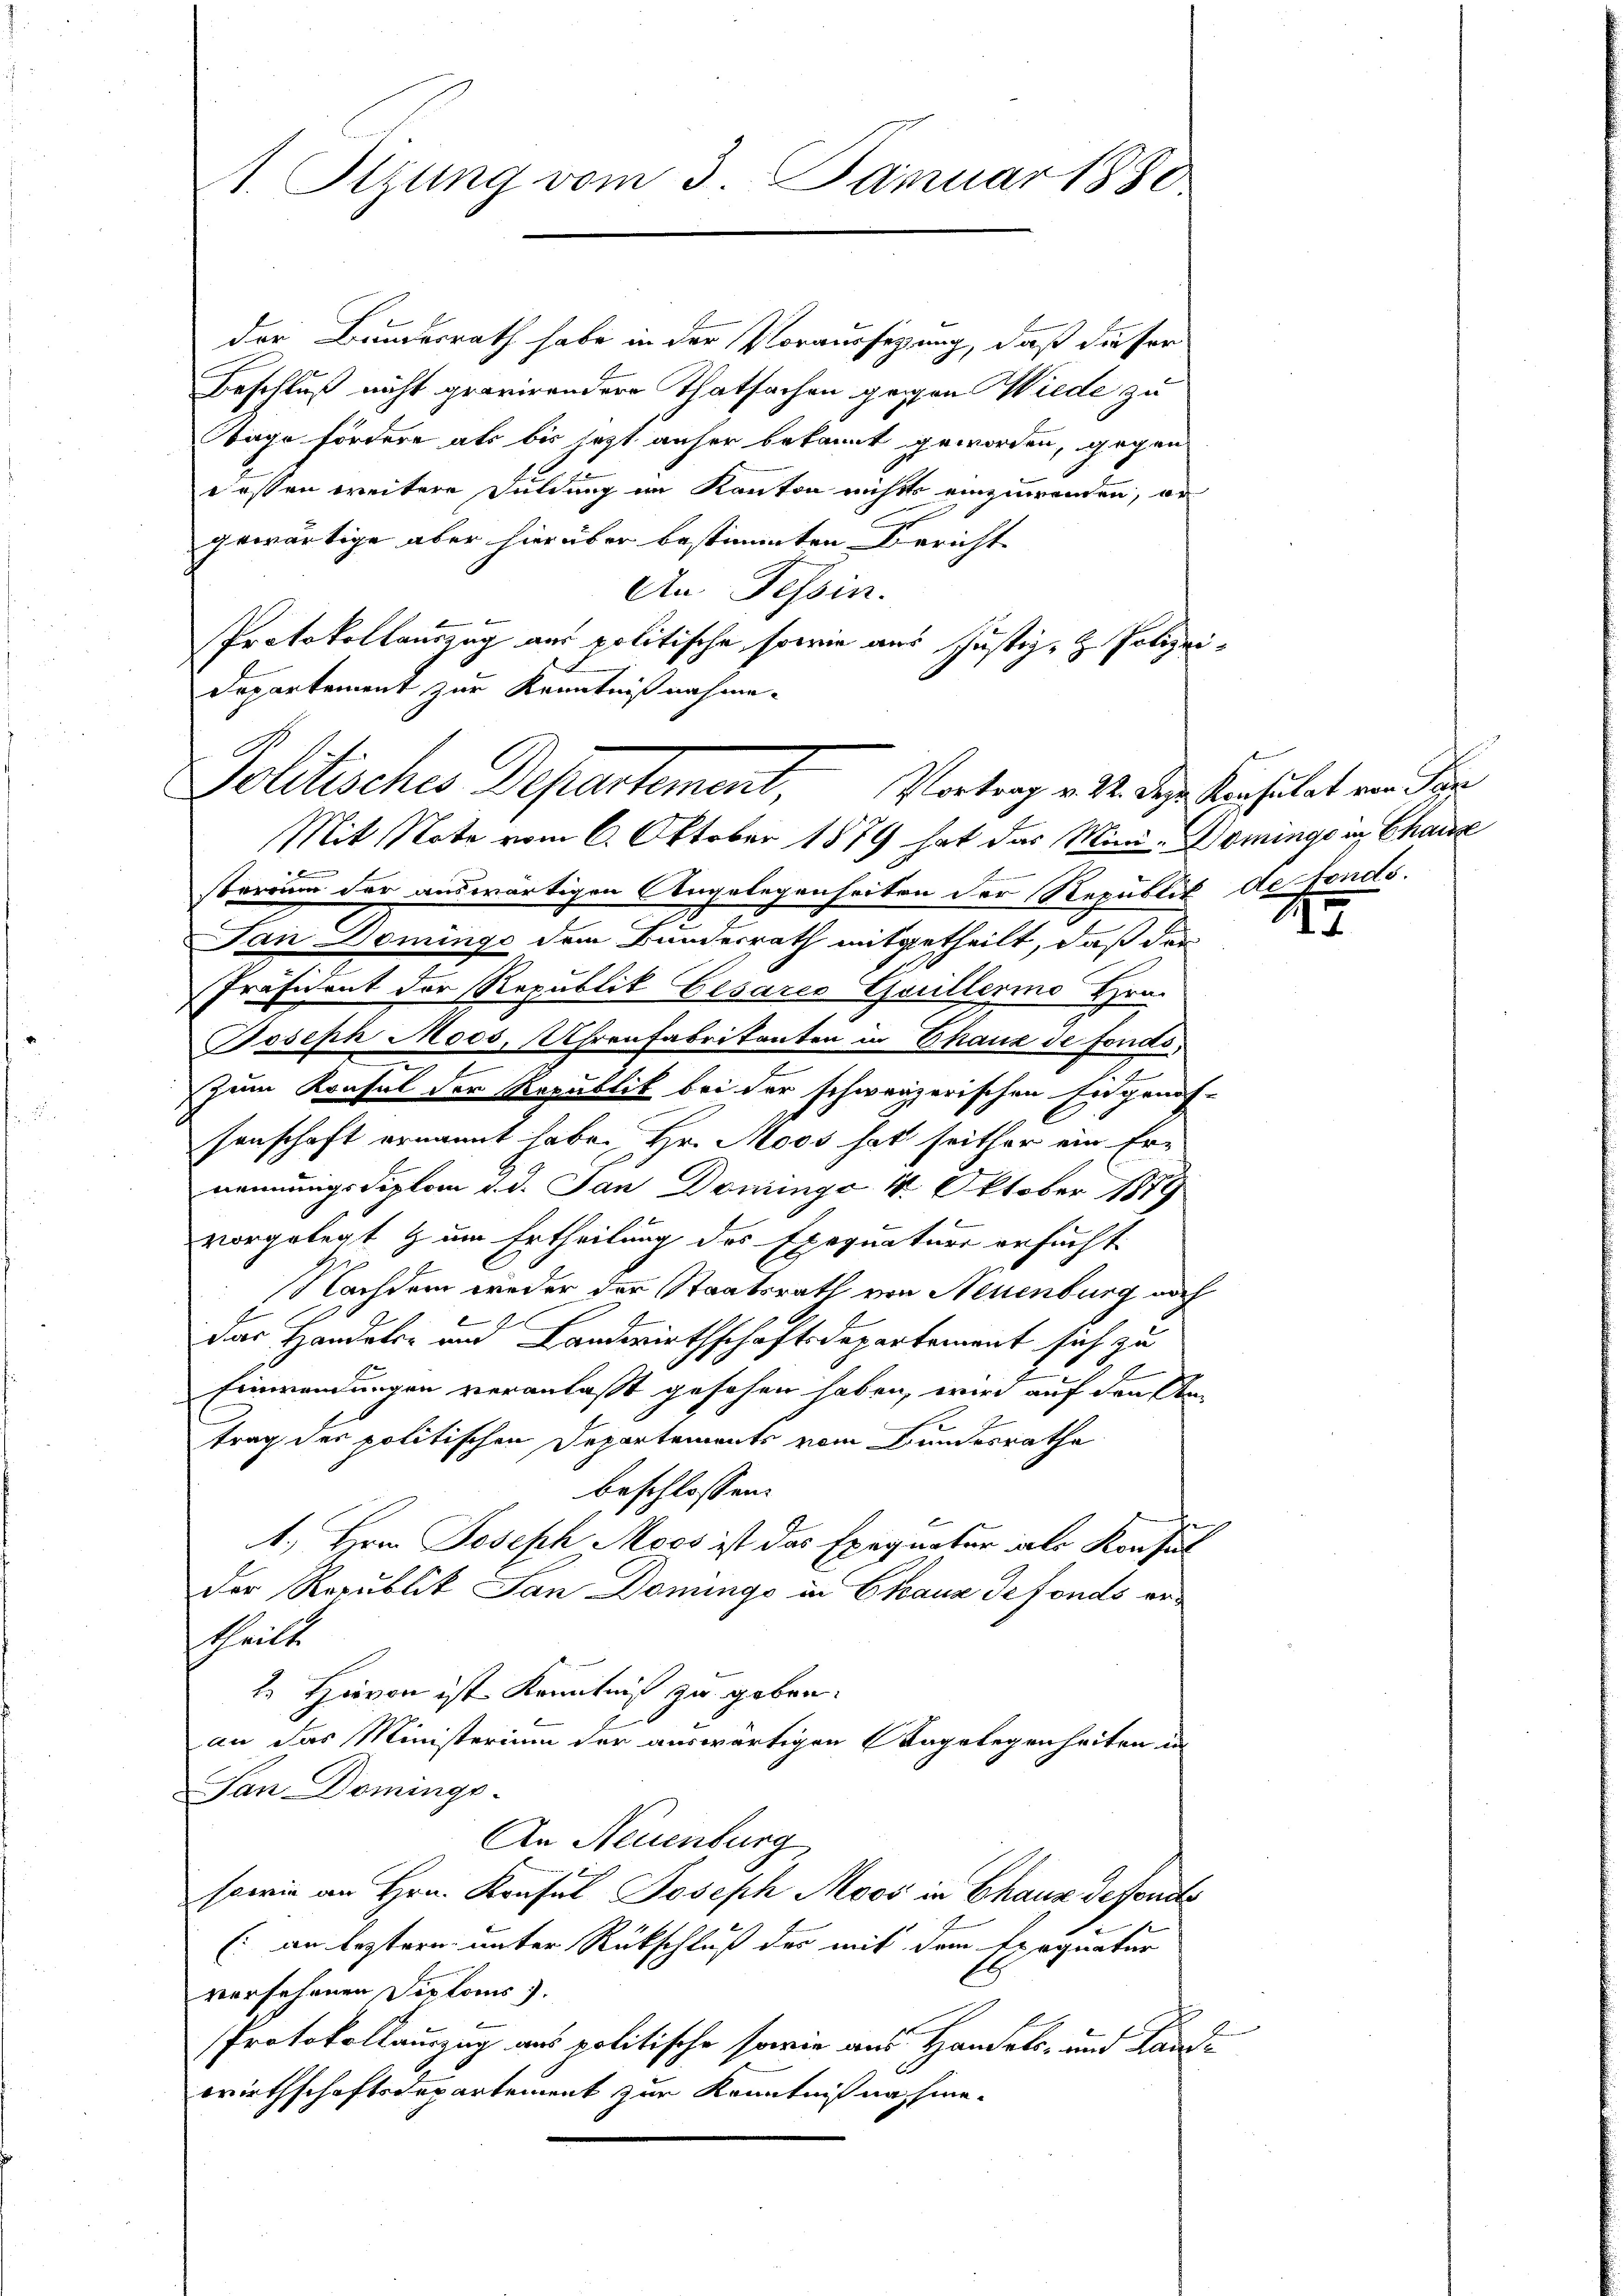
1. Sizung vom 3. Januar 1880

der Bundesrath habe in der Voraussetzung, daß dieser
Beschluß nicht gravirender Thatsachen gegen Wiede zu
Tage fördere als bis jezt anher bekannt geworden, gegen
dessen weitere Duldung im Kanton nichts einzuwenden, er
gewärtige aber hierüber bestimmten Bericht
An Tessin.
Protokollauszug aus politische, sowie aus Justiz- & Polizei¬
Departement zur Kenntnißnahme.
Mit Note vom 6. Oktober 1879 hat das Mini- Dominge in Chaux
x
sterrung der auswärtigen Angelegenheiten der Republik de fonds.
Pan Dominge dem Bundesrath mitgetheilt, daß der
Präsident der Republik Gesares Güllermo Hrn.
Joseph Moos, Uhrenfabrikanten in Chaux de fonds,
2
2
zum Krafel der Republik bei der schweizerischen Eidgenös-
senschaft ernannt habe. Hr. Moos hat seither ein Ernennungsdiplom d. d. San Dominge 4. Oktober 1879
vorgelegt zum Ertheilung des Exequatuor ersucht.
Nachdem weder der Staatsrath von Neuenburg noch
d
das Handels- und Landwirthschaftsdepartement sich zu
x
Einwendungen veranlaßt gesehen haben, wird auf den Antrag der politischen Departements vom Bundesrathe
beschlossen:
1. Hrn. Joseph Moos ist das Exequatur als Konsul
Der Republik San Domings in Chaus defonds ertheilte
2. Hievon ist Kenntniß zu geben.
an das Ministerium der auswärtigen Nagelegenheiten in
Jan. Domings-
An Neuenburg
sowie an Hrn. Konsul Joseph Moos in Chaux defonds
(an leztern unter Rückschluß des mit dem Exequatur
versehenen Diploms).
Protokollauszug aus politische sowie aus Handels- und Kandi
wirthschaftsdepartement zur Kenntniß nachwe¬

Politisches Departement, Vortrag v. M. des Versitat von der

1